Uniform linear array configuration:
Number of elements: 8
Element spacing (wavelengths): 1
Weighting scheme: kaiser
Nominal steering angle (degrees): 15
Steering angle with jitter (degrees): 16.554
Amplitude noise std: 0.05
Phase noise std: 0.05

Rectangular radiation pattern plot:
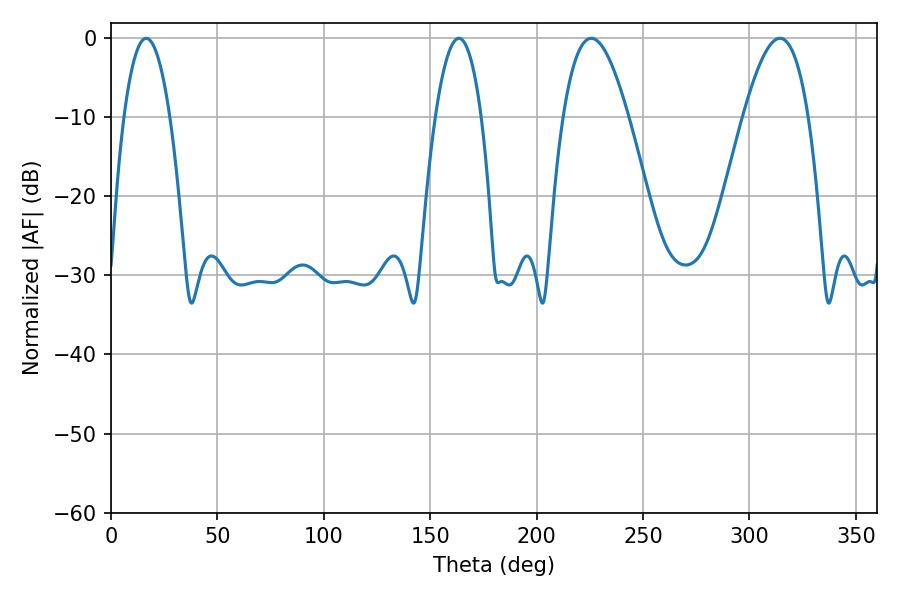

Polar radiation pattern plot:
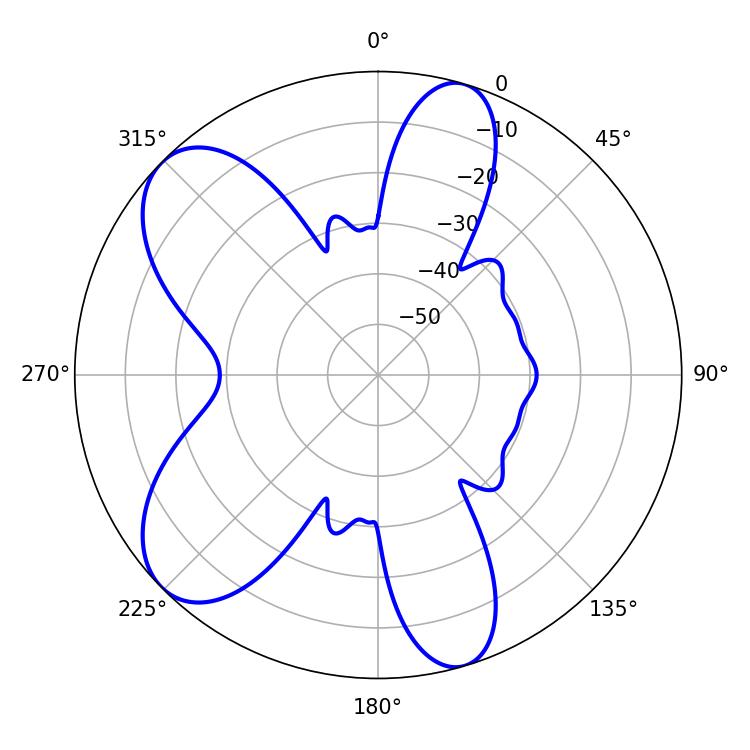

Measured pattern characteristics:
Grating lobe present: TRUE
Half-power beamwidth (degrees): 12.06
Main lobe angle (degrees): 16.56